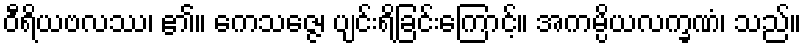
ဝီရိယဗလဿ၊ ၏။ ကေသဇ္ဇေ၊ ပျင်းရိခြင်းကြောင့်။ အကမ္ပိယလက္ခဏံ၊ သည်။